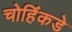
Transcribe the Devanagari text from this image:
चोहिंकडे